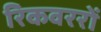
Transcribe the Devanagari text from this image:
रिकवररों